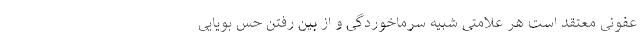
عفونی معتقد است هر علامتی شبیه سرماخوردگی و از بین رفتن حس بویایی